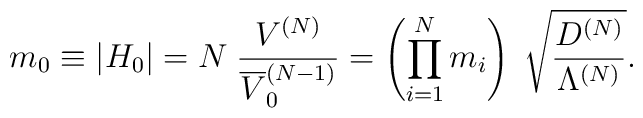
m_0 \equiv \left|H_0\right| = N \; \frac{V^{(N)}}{\overline{V}_0^{(N-1)}}= \left( \prod\limits_{i=1}^N m_i \right) \;\sqrt{ \frac{D^{(N)}}{\Lambda^{(N)}} } .